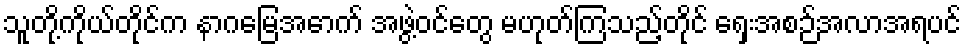
သူတို့ကိုယ်တိုင်က နာဂမြေအောက် အဖွဲ့ဝင်တွေ မဟုတ်ကြသည့်တိုင် ရှေးအစဉ်အလာအရပင်